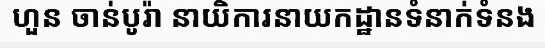
ហួន ចាន់បូរ៉ា នាយិការនាយកដ្ឋានទំនាក់ទំនង